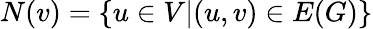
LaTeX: N(v)=\{ u\in V|(u,v)\in E(G)\}